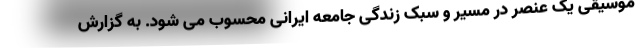
موسیقی یک عنصر در مسیر و سبک زندگی جامعه ایرانی محسوب می شود. به گزارش